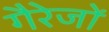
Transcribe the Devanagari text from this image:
गैरेजों